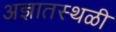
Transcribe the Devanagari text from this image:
अज्ञातस्थळी